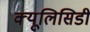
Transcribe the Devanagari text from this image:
क्यूलिसिडी